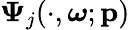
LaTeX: \boldsymbol{\Psi}_{j}(\cdot,\boldsymbol{\omega};\mathbf{p})